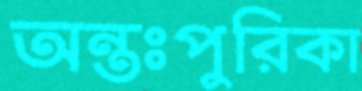
অন্তঃপুরিকা